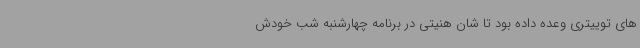
های توییتری وعده داده بود تا شان هنیتی در برنامه چهارشنبه شب خودش